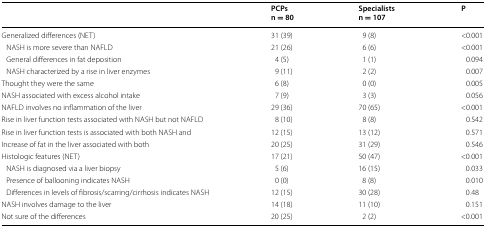
|  | PCPsn = 80 | Specialistsn = 107 | P |
 | --- | --- | --- | --- |
 | Generalized differences (NET) | 31 (39) | 9 (8) | <0.001 |
 | NASH is more severe than NAFLD | 21 (26) | 6 (6) | <0.001 |
 | General differences in fat deposition | 4 (5) | 1 (1) | 0.094 |
 | NASH characterized by a rise in liver enzymes | 9 (11) | 2 (2) | 0.007 |
 | Thought they were the same | 6 (8) | 0 (0) | 0.005 |
 | NASH associated with excess alcohol intake | 7 (9) | 3 (3) | 0.056 |
 | NAFLD involves no inflammation of the liver | 29 (36) | 70 (65) | <0.001 |
 | Rise in liver function tests associated with NASH but not NAFLD | 8 (10) | 8 (8) | 0.542 |
 | Rise in liver function tests is associated with both NASH and | 12 (15) | 13 (12) | 0.571 |
 | Increase of fat in the liver associated with both | 20 (25) | 31 (29) | 0.546 |
 | Histologic features (NET) | 17 (21) | 50 (47) | <0.001 |
 | NASH is diagnosed via a liver biopsy | 5 (6) | 16 (15) | 0.033 |
 | Presence of ballooning indicates NASH | 0 (0) | 8 (8) | 0.010 |
 | Differences in levels of fibrosis/scarring/cirrhosis indicates NASH | 12 (15) | 30 (28) | 0.48 |
 | NASH involves damage to the liver | 14 (18) | 11 (10) | 0.151 |
 | Not sure of the differences | 20 (25) | 2 (2) | <0.001 |